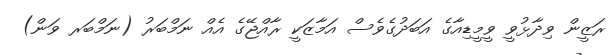
ރަޒީން ވިދާޅުވީ ވީމީޑިއާގެ އަބަދުގެވެސް އަމާޒަކީ ރާއްޖޭގެ އެއް ނަމްބަރު (ނަމްބަރ ވަން)